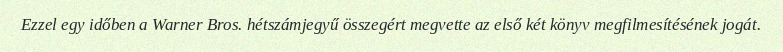
Ezzel egy időben a Warner Bros. hétszámjegyű összegért megvette az első két könyv megfilmesítésének jogát.